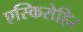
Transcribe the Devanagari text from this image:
एस्किसेहिर